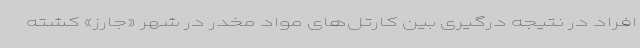
افراد در نتیجه درگیری بین کارتل‌های مواد مخدر در شهر «جارز» کشته